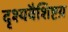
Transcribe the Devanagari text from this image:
दृश्यवैशिष्टय़